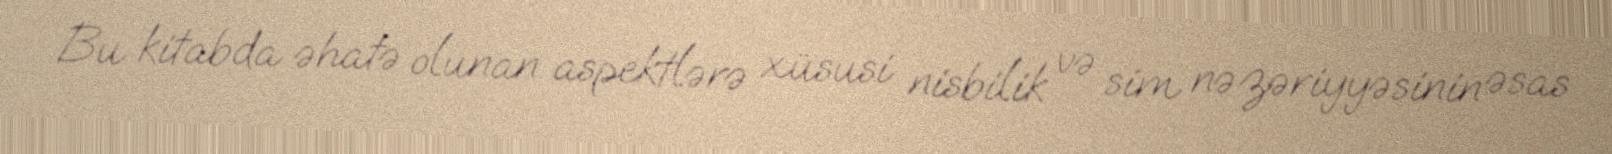
Bu kitabda əhatə olunan aspektlərə xüsusi nisbilik və sim nəzəriyyəsinin əsas